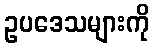
ဥပဒေသများကို